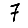
Digit: 7